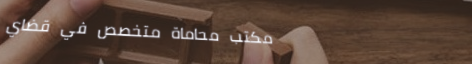
مكتب محاماة متخصص في قضاي